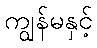
ကျွန်မနှင့်